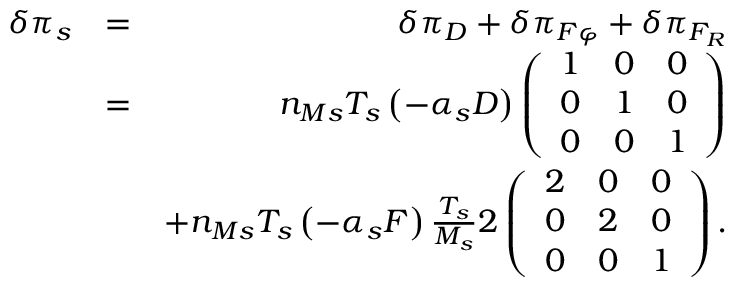
\begin{array} { r l r } { \delta \pi _ { s } } & { = } & { \delta \pi _ { D } + \delta \pi _ { F \varphi } + \delta \pi _ { F _ { R } } } \\ & { = } & { n _ { M s } T _ { s } \left( - \alpha _ { s } D \right) \left( \begin{array} { c c c } { 1 } & { 0 } & { 0 } \\ { 0 } & { 1 } & { 0 } \\ { 0 } & { 0 } & { 1 } \end{array} \right) } \\ & { } & { + n _ { M s } T _ { s } \left( - \alpha _ { s } F \right) \frac { T _ { s } } { M _ { s } } 2 \left( \begin{array} { c c c } { 2 } & { 0 } & { 0 } \\ { 0 } & { 2 } & { 0 } \\ { 0 } & { 0 } & { 1 } \end{array} \right) . } \end{array}